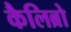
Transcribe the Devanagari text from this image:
कैलिब्रो